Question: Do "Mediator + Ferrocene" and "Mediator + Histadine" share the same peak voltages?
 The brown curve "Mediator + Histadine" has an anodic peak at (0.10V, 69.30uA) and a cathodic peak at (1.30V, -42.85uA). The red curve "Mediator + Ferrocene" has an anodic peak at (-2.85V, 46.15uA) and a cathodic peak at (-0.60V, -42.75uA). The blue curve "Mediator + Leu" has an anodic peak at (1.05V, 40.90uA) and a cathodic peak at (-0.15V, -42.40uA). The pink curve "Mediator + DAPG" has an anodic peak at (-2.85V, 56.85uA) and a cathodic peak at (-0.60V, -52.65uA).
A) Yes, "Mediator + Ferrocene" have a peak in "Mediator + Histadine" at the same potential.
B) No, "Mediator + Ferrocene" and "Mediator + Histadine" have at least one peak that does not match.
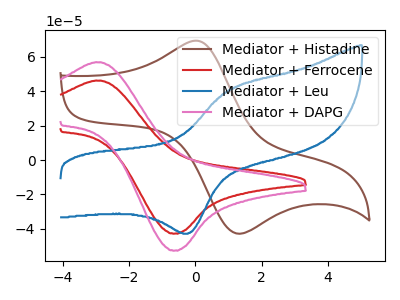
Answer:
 <answer>B) No, "Mediator + Ferrocene" and "Mediator + Histadine" have at least one peak that does not match.</answer>
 <eval>B</eval>